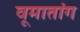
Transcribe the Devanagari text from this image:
वूमातांग